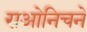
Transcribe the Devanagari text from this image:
राओनिचने